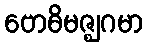
ဗောဓိမဇ္ဈဂမာ